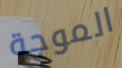
الموجة